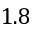
1 . 8